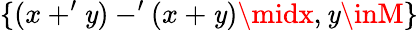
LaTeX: \{ (x+^{\prime}\mathit{y})-^{\prime}(x+\mathit{y})\midx,\mathit{y}\inM\}